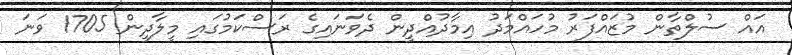
އައް ސުލްތާން މުޒައްފަރު މުހައްމަދު އިމާދުއްދީން ދެވަނައިގެ ރަސްކަމުގައި މީލާދީން 1705 ވަނަ